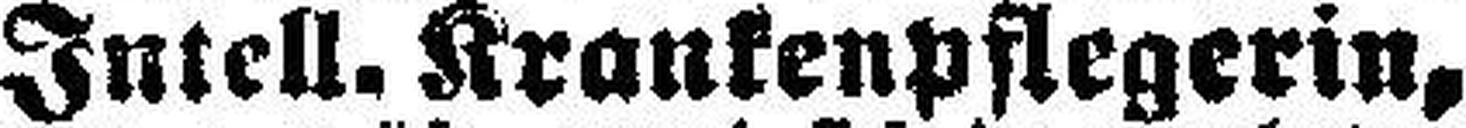
Intell. Krankenpflegerin,